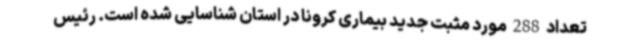
تعداد 288 مورد مثبت جدید بیماری کرونا در استان شناسایی شده است. رئیس